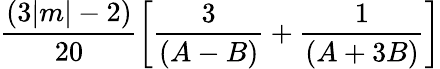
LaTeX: \frac{(3|m|-2)}{20}\left[\frac{3}{(A-B)}+\frac{1}{(A+3B)}\right]